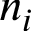
n _ { i }